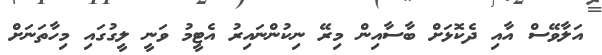
އަލާވޭސް އާއި ދެކޮޅަށް ބާސާއިން މިރޭ ނިކުންނައިރު އެޓީމު ވަނީ ލީގުގައި މިހާތަނަށް